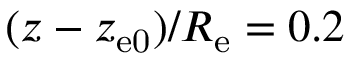
( z - z _ { \mathrm { e 0 } } ) / R _ { \mathrm { e } } = 0 . 2